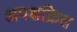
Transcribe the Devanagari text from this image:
अपक्षक्रित